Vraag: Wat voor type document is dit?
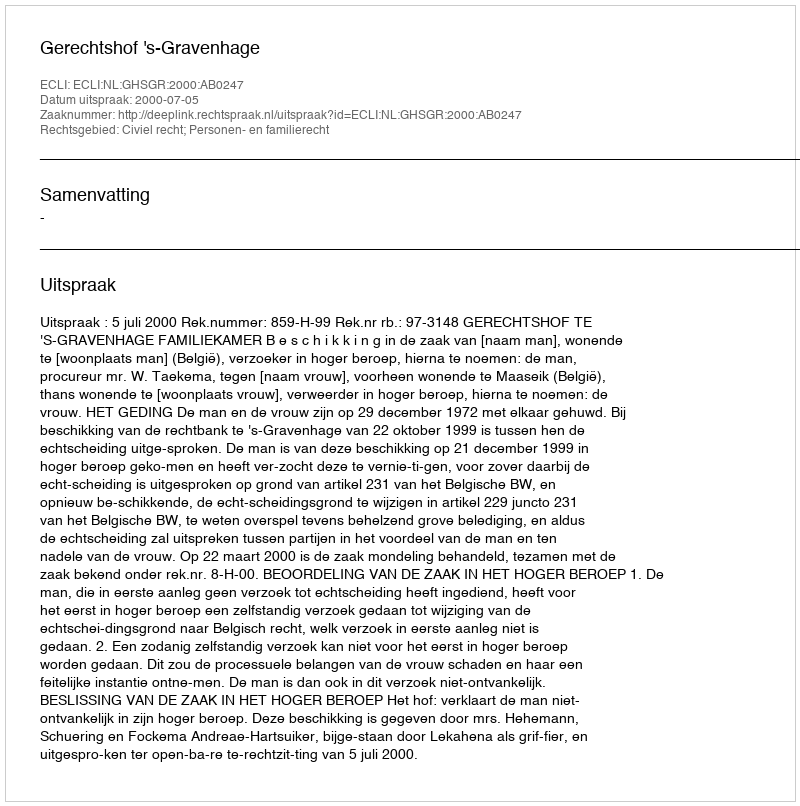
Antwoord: Uitspraak